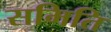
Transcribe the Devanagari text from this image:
समिति